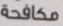
مكافحة